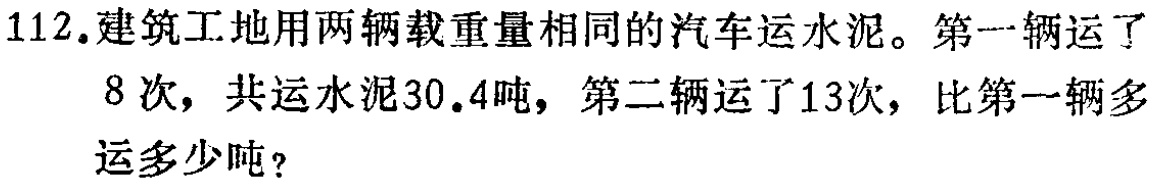
112.建筑工地用两辆载重量相同的汽车运水泥。第一辆运了
8次，共运水泥30.4吨，第二辆运了13次，比第一辆多
运多少吨？